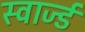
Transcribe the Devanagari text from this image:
स्वार्ज्ड